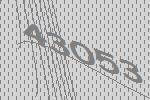
43053